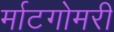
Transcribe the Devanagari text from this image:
र्माटगोमरी